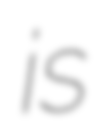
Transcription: is